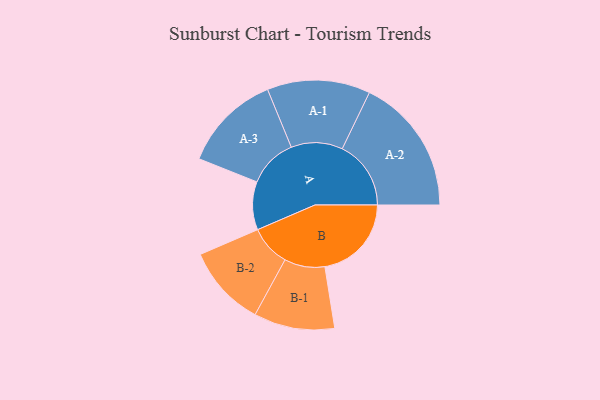
{"axis": {"x": "Segment", "y": "Value"}, "legend": ["", "A", "B"], "data": [{"x": "A", "y": 143, "type": ""}, {"x": "B", "y": 257, "type": ""}, {"x": "A-1", "y": 153, "type": "A"}, {"x": "A-2", "y": 204, "type": "A"}, {"x": "A-3", "y": 146, "type": "A"}, {"x": "B-1", "y": 120, "type": "B"}, {"x": "B-2", "y": 121, "type": "B"}]}